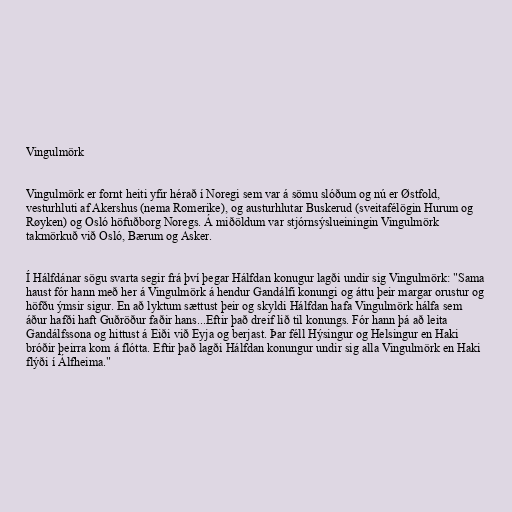
Vingulmörk

Vingulmörk er fornt heiti yfir hérað í Noregi sem var á sömu slóðum og nú er Østfold,
vesturhluti af Akershus (nema Romerike), og austurhlutar Buskerud (sveitafélögin Hurum og
Røyken) og Osló höfuðborg Noregs. Á miðöldum var stjórnsýslueiningin Vingulmörk
takmörkuð við Osló, Bærum og Asker.

Í Hálfdánar sögu svarta segir frá því þegar Hálfdan konugur lagði undir sig Vingulmörk: "Sama
haust fór hann með her á Vingulmörk á hendur Gandálfi konungi og áttu þeir margar orustur og
höfðu ýmsir sigur. En að lyktum sættust þeir og skyldi Hálfdan hafa Vingulmörk hálfa sem
áður hafði haft Guðröður faðir hans...Eftir það dreif lið til konungs. Fór hann þá að leita
Gandálfssona og hittust á Eiði við Eyja og berjast. Þar féll Hýsingur og Helsingur en Haki
bróðir þeirra kom á flótta. Eftir það lagði Hálfdan konungur undir sig alla Vingulmörk en Haki
flýði í Álfheima."